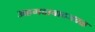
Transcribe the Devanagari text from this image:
अहमदाबादजवळ